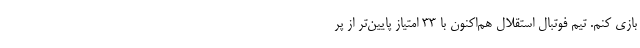
بازی کنم. تیم فوتبال استقلال هم‌اکنون با ۳۳ امتیاز پایین‌تر از پر